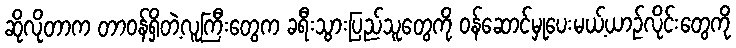
ဆိုလိုတာက တာဝန်ရှိတဲ့လူကြီးတွေက ခရီးသွားပြည်သူတွေကို ဝန်ဆောင်မှုပေးမယ့်ယာဉ်လိုင်းတွေကို